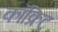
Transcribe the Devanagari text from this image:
कॉक्रिट